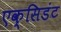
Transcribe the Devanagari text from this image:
एक्सिडंट